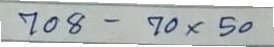
708 - 70 x 50